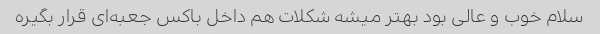
سلام خوب و عالی بود بهتر میشه شکلات هم داخل باکس جعبه‌ای قرار بگیره